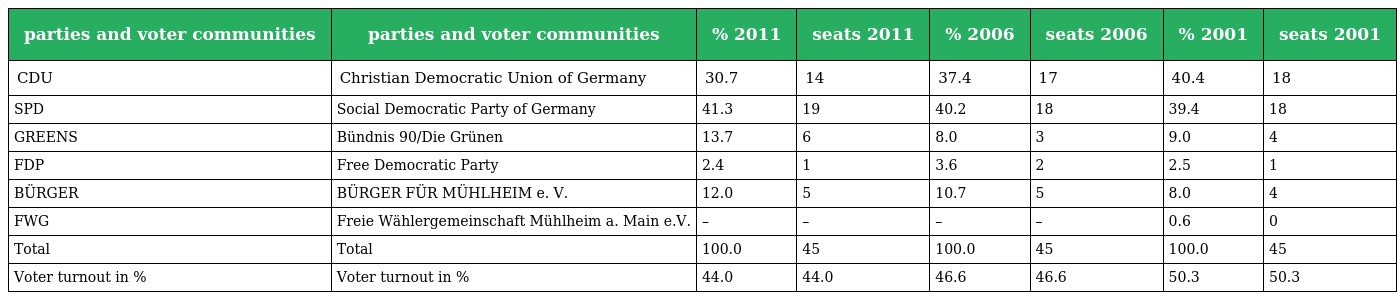
| parties and voter communities | parties and voter communities | % 2011 | seats 2011 | % 2006 | seats 2006 | % 2001 | seats 2001 |
 | --- | --- | --- | --- | --- | --- | --- | --- |
 | CDU | Christian Democratic Union of Germany | 30.7 | 14 | 37.4 | 17 | 40.4 | 18 |
 | SPD | Social Democratic Party of Germany | 41.3 | 19 | 40.2 | 18 | 39.4 | 18 |
 | GREENS | Bündnis 90/Die Grünen | 13.7 | 6 | 8.0 | 3 | 9.0 | 4 |
 | FDP | Free Democratic Party | 2.4 | 1 | 3.6 | 2 | 2.5 | 1 |
 | BÜRGER | BÜRGER FÜR MÜHLHEIM e. V. | 12.0 | 5 | 10.7 | 5 | 8.0 | 4 |
 | FWG | Freie Wählergemeinschaft Mühlheim a. Main e.V. | – | – | – | – | 0.6 | 0 |
 | Total | Total | 100.0 | 45 | 100.0 | 45 | 100.0 | 45 |
 | Voter turnout in % | Voter turnout in % | 44.0 | 44.0 | 46.6 | 46.6 | 50.3 | 50.3 |